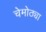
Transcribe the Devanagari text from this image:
चेमोठ्या